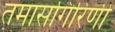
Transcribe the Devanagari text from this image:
तमासगिरिणी